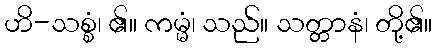
ဟိ-သစ္စံ၊ ၏။ ကမ္မံ၊ သည်။ သတ္တာနံ၊ တို့၏။